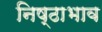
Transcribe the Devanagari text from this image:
निष्ठाभाव